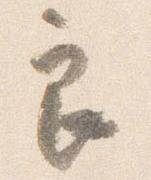
良